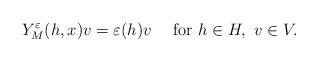
LaTeX: \begin{align*}Y_{M}^{\varepsilon}(h,x)v=\varepsilon(h)v\ \ \ \mbox{ for }h\in H,\ v\in V.\end{align*}